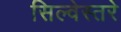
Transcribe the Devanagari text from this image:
सिल्वेस्तरे